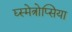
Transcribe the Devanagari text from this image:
द्य्स्मेत्रोप्सिया